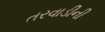
તરવાડીની